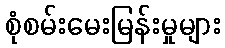
စုံစမ်းမေးမြန်းမှုများ